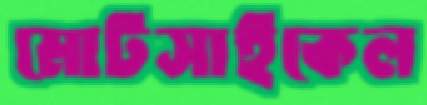
মোটসাইকেল